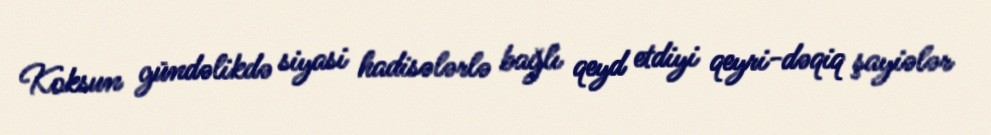
Koksun gündəlikdə siyasi hadisələrlə bağlı qeyd etdiyi qeyri-dəqiq şayiələr